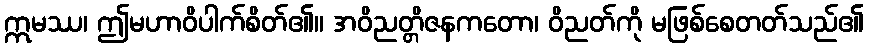
ဣမဿ၊ ဤမဟာဝိပါက်စိတ်၏။ အဝိညတ္တိဇနကတော၊ ဝိညတ်ကို မဖြစ်စေတတ်သည်၏